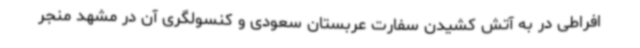
افراطی در به آتش کشیدن سفارت عربستان سعودی و کنسولگری آن در مشهد منجر